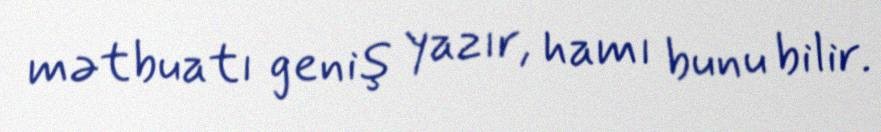
mətbuatı geniş yazır, hamı bunu bilir.